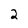
Character: 2